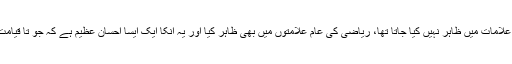
مستشرقین نے علمِ عروض کو، جو سراسر ریاضی کے اصولوں پر مشتمل ہے لیکن اس کو ریاضی کی علامات میں ظاہر نہیں کیا جاتا تھا، ریاضی کی عام علامتوں میں بھی ظاہر کیا اور یہ انکا ایک ایسا احسانِ عظیم ہے کہ جو تا قیامت ہم پر رہے گا کہ اس خاکسار کو اس علم کی کنہ یا کلید انہی علامتوں کی مدد سے سمجھ میں آئی تھی۔